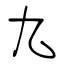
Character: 九